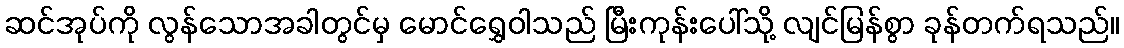
ဆင်အုပ်ကို လွန်သောအခါတွင်မှ မောင်ရွှေဝါသည် မြီးကုန်းပေါ်သို့ လျင်မြန်စွာ ခုန်တက်ရသည်။